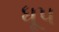
ધૂપ